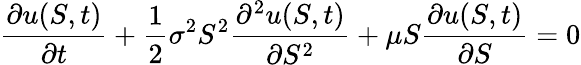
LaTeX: {\frac{\partial u(S,t)}{\partial t}}+{\frac{1}{2}}\sigma^{2}S^{2}{\frac{\partial^{2}u(S,t)}{\partial S^{2}}}+\mu S{\frac{\partial u(S,t)}{\partial S}}=0